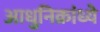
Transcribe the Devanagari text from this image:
आधुनिक्रांध्ये